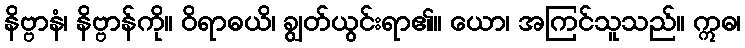
နိဗ္ဗာနံ၊ နိဗ္ဗာန်ကို။ ဝိရာဓယိ၊ ချွတ်ယွင်းရာ၏။ ယော၊ အကြင်သူသည်။ ဣဓ၊